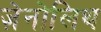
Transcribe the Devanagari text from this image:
ज़ेनोलिथ